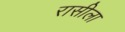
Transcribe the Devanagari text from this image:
रासीला